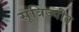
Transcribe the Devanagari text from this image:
सूत्रिज्यीत